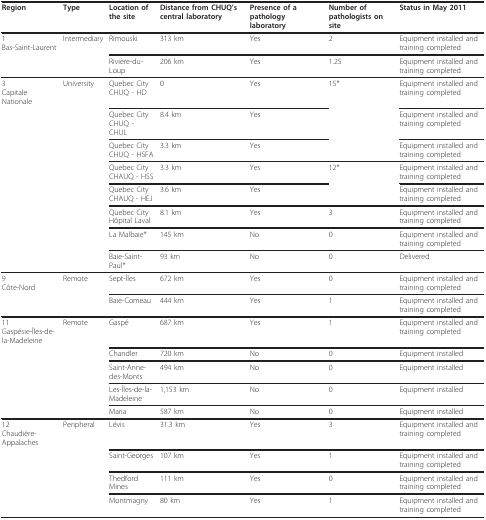
<table><thead><tr><td><b>Region</b></td><td><b>Type</b></td><td><b>Location of the site</b></td><td><b>Distance from CHUQ&#x27;s central laboratory</b></td><td><b>Presence of a pathology laboratory</b></td><td><b>Number of pathologists on site</b></td><td><b>Status in May 2011</b></td></tr></thead><tbody><tr><td>1Bas-Saint-Laurent</td><td>Intermediary</td><td>Rimouski</td><td>313 km</td><td>Yes</td><td>2</td><td>Equipment installed and training completed</td></tr><tr><td></td><td></td><td>Rivière-du-Loup</td><td>206 km</td><td>Yes</td><td>1.25</td><td>Equipment installed and training completed</td></tr><tr><td>3Capitale Nationale</td><td>University</td><td>Quebec CityCHUQ - HD</td><td>0</td><td>Yes</td><td>15*</td><td>Equipment installed and training completed</td></tr><tr><td></td><td></td><td>Quebec CityCHUQ - CHUL</td><td>8.4 km</td><td>Yes</td><td></td><td>Equipment installed and training completed</td></tr><tr><td></td><td></td><td>Quebec CityCHUQ - HSFA</td><td>3.3 km</td><td>Yes</td><td></td><td>Equipment installed and training completed</td></tr><tr><td></td><td></td><td>Quebec CityCHAUQ - HSS</td><td>3.3 km</td><td>Yes</td><td>12*</td><td>Equipment installed and training completed</td></tr><tr><td></td><td></td><td>Quebec CityCHAUQ - HEJ</td><td>3.6 km</td><td>Yes</td><td></td><td>Equipment installed and training completed</td></tr><tr><td></td><td></td><td>Quebec CityHôpital Laval</td><td>8.1 km</td><td>Yes</td><td>3</td><td>Equipment installed and training completed</td></tr><tr><td></td><td></td><td>La Malbaie*</td><td>145 km</td><td>No</td><td>0</td><td>Equipment installed and training completed</td></tr><tr><td></td><td></td><td>Baie-Saint-Paul*</td><td>93 km</td><td>No</td><td>0</td><td>Delivered</td></tr><tr><td>9Côte-Nord</td><td>Remote</td><td>Sept-Îles</td><td>672 km</td><td>Yes</td><td>0</td><td>Equipment installed and training completed</td></tr><tr><td></td><td></td><td>Baie-Comeau</td><td>444 km</td><td>Yes</td><td>1</td><td>Equipment installed and training completed</td></tr><tr><td>11Gaspésie-Îles-de-la-Madeleine</td><td>Remote</td><td>Gaspé</td><td>687 km</td><td>Yes</td><td>1</td><td>Equipment installed and training completed</td></tr><tr><td></td><td></td><td>Chandler</td><td>720 km</td><td>No</td><td>0</td><td>Equipment installed</td></tr><tr><td></td><td></td><td>Saint-Anne-des-Monts</td><td>494 km</td><td>No</td><td>0</td><td>Equipment installed</td></tr><tr><td></td><td></td><td>Les-Îles-de-la-Madeleine</td><td>1,153 km</td><td>No</td><td>0</td><td>Equipment installed</td></tr><tr><td></td><td></td><td>Maria</td><td>587 km</td><td>No</td><td>0</td><td>Equipment installed</td></tr><tr><td>12Chaudière-Appalaches</td><td>Peripheral</td><td>Lévis</td><td>31.3 km</td><td>Yes</td><td>3</td><td>Equipment installed and training completed</td></tr><tr><td></td><td></td><td>Saint-Georges</td><td>107 km</td><td>Yes</td><td>1</td><td>Equipment installed and training completed</td></tr><tr><td></td><td></td><td>Thedford Mines</td><td>111 km</td><td>Yes</td><td>0</td><td>Equipment installed and training completed</td></tr><tr><td></td><td></td><td>Montmagny</td><td>80 km</td><td>Yes</td><td>1</td><td>Equipment installed and training completed</td></tr></tbody></table>